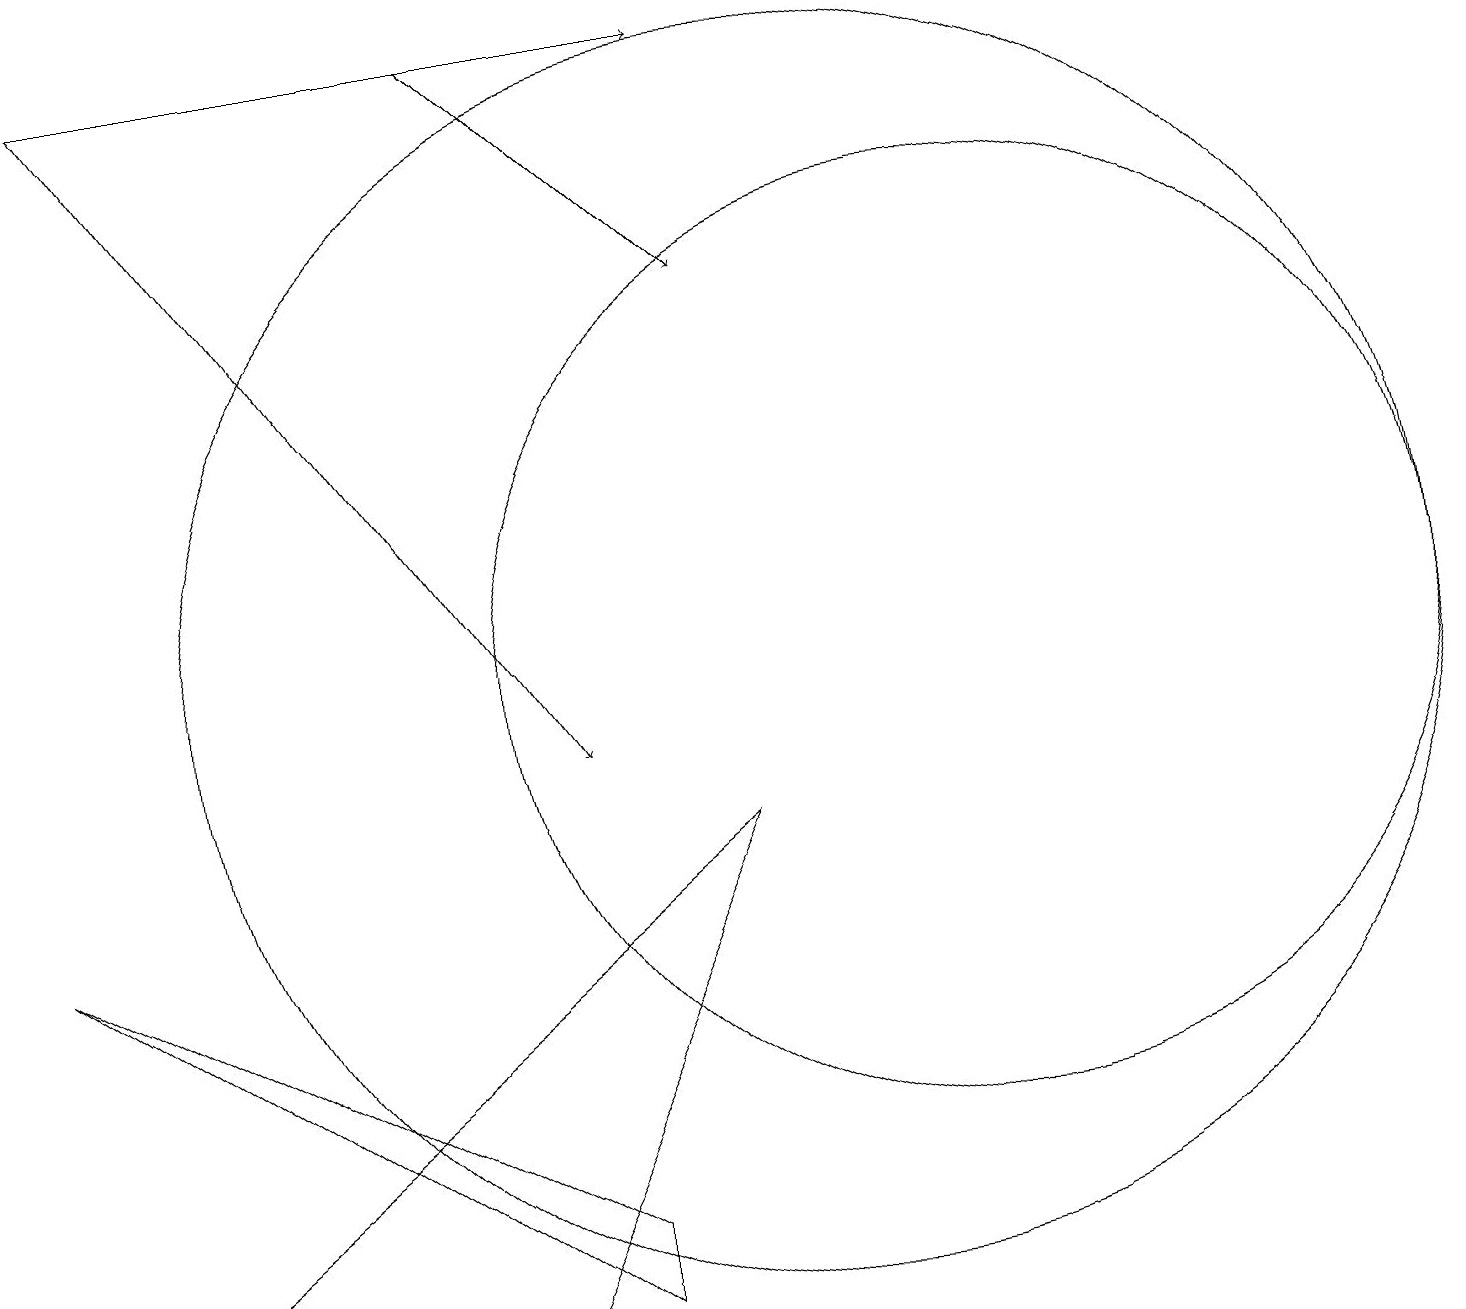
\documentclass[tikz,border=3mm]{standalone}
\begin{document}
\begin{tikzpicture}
\draw[->] (1,19) -- (7,10);
\draw (6,3) -- (9,9) -- (1,3) -- cycle;
\draw (12,11) circle (6);
\draw[->] (6,19) -- (9,16);
\draw (7,4) -- (7,3) -- (0,8) -- cycle;
\draw (10,11) circle (8);
\draw[->] (1,19) -- (9,19);
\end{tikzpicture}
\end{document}